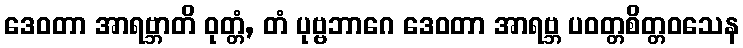
ဒေဝတာ အာရဗ္ဘာတိ ဝုတ္တံ, တံ ပုဗ္ဗဘာဂေ ဒေဝတာ အာရဗ္ဘ ပဝတ္တစိတ္တဝသေန